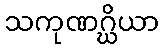
သကုဏဂ္ဃိယာ